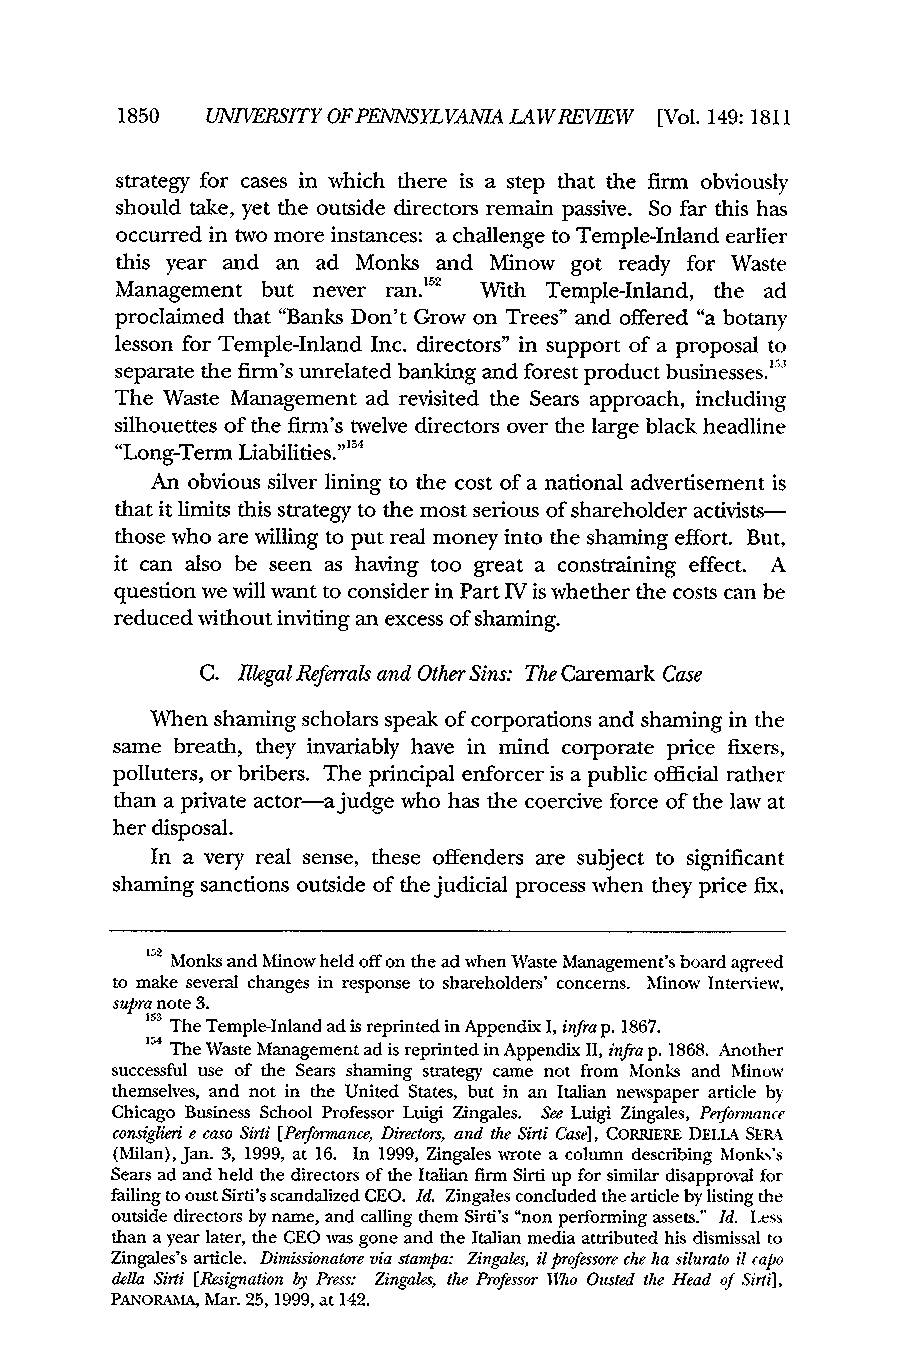
1850  UNTERSITYOFPENNSYLVANIA LAWREVEW [Vol. 149:1811
 strategy for cases in which there is a step that the firm obviously
 should take, yet the outside directors remain passive. So far this has
 occurred in two more instances: a challenge to Temple-Inland earlier
 this year and an ad Monks and Minow got ready for Waste
 Management but never ran.'2 With Temple-Inland, the ad
 proclaimed that "Banks Don't Grow on Trees" and offered "a botany
 lesson for Temple-Inland Inc. directors" in support of a proposal to
 separate the firm's unrelated banking and forest product businesses."'
 The Waste Management ad revisited the Sears approach, including
 silhouettes of the firm's twelve directors over the large black headline
 "Long-Term Liabilities." 4
 An obvious silver lining to the cost of a national advertisement is
 that it limits this strategy to the most serious of shareholder activists-
 those who are willing to put real money into the shaming effort. But,
 it can also be seen as having too great a constraining effect. A
 question we will want to consider in Part IV is whether the costs can be
 reduced without inviting an excess of shaming.
 C. ilegal Referrals and Other Sins: The Caremark Case
 When shaming scholars speak of corporations and shaming in the
 same breath, they invariably have in mind corporate price fixers,
 polluters, or bribers. The principal enforcer is a public official rather
 than a private actor-a judge who has the coercive force of the law at
 her disposal.
 In a very real sense, these offenders are subject to significant
 shaming sanctions outside of the judicial process when they price fix,
 152M onks and Minow held off on the ad when Waste Management's board agreed
 to make several changes in response to shareholders' concerns. Minow Interview,
 supra note 3.
 g The Temple-Inland ad is reprinted in Appendix I, infra p. 1867.
 154T he Waste Management ad is reprinted in Appendix II, infra p. 1868. Another
 successful use of the Sears shaming strategy came not from Monks and Minow
 themselves, and not in the United States, but in an Italian newspaper article by
 Chicago Business School Professor Luigi Zingales. See Luigi Zingales, Performance
 consiglieri e caso Sirti [Performance, Directors, and the Sirti Case], CORRIERE DELLA SERA
 (Milan), Jan. 3, 1999, at 16. In 1999, Zingales wrote a column describing Monks's
 Sears ad and held the directors of the Italian firm Sirti up for similar disapproval for
 failing to oust Sirti's scandalized CEO. Id. Zingales concluded the article by listing the
 outside directors by name, and calling them Sirti's "non performing assets." Id. Less
 than a year later, the CEO was gone and the Italian media attributed his dismissal to
 Zingales's article. Dimissionatorev ia stampa: Zingales, ilp rofessore che ha silurato ii capo
 della Sirti [Resignation by Press: Zingales, the Professor Who Ousted the Head of Sirti],
 PANORAMA, Mar. 25, 1999, at 142.